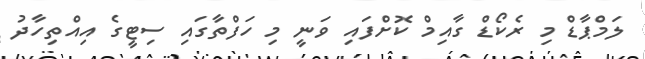
ލަމްޕާޑް މި ރެކޯޑް ގާއިމް ކޮށްފައި ވަނީ މި ހަފްތާގައި ސިޓީގެ އިއްތިހާދު